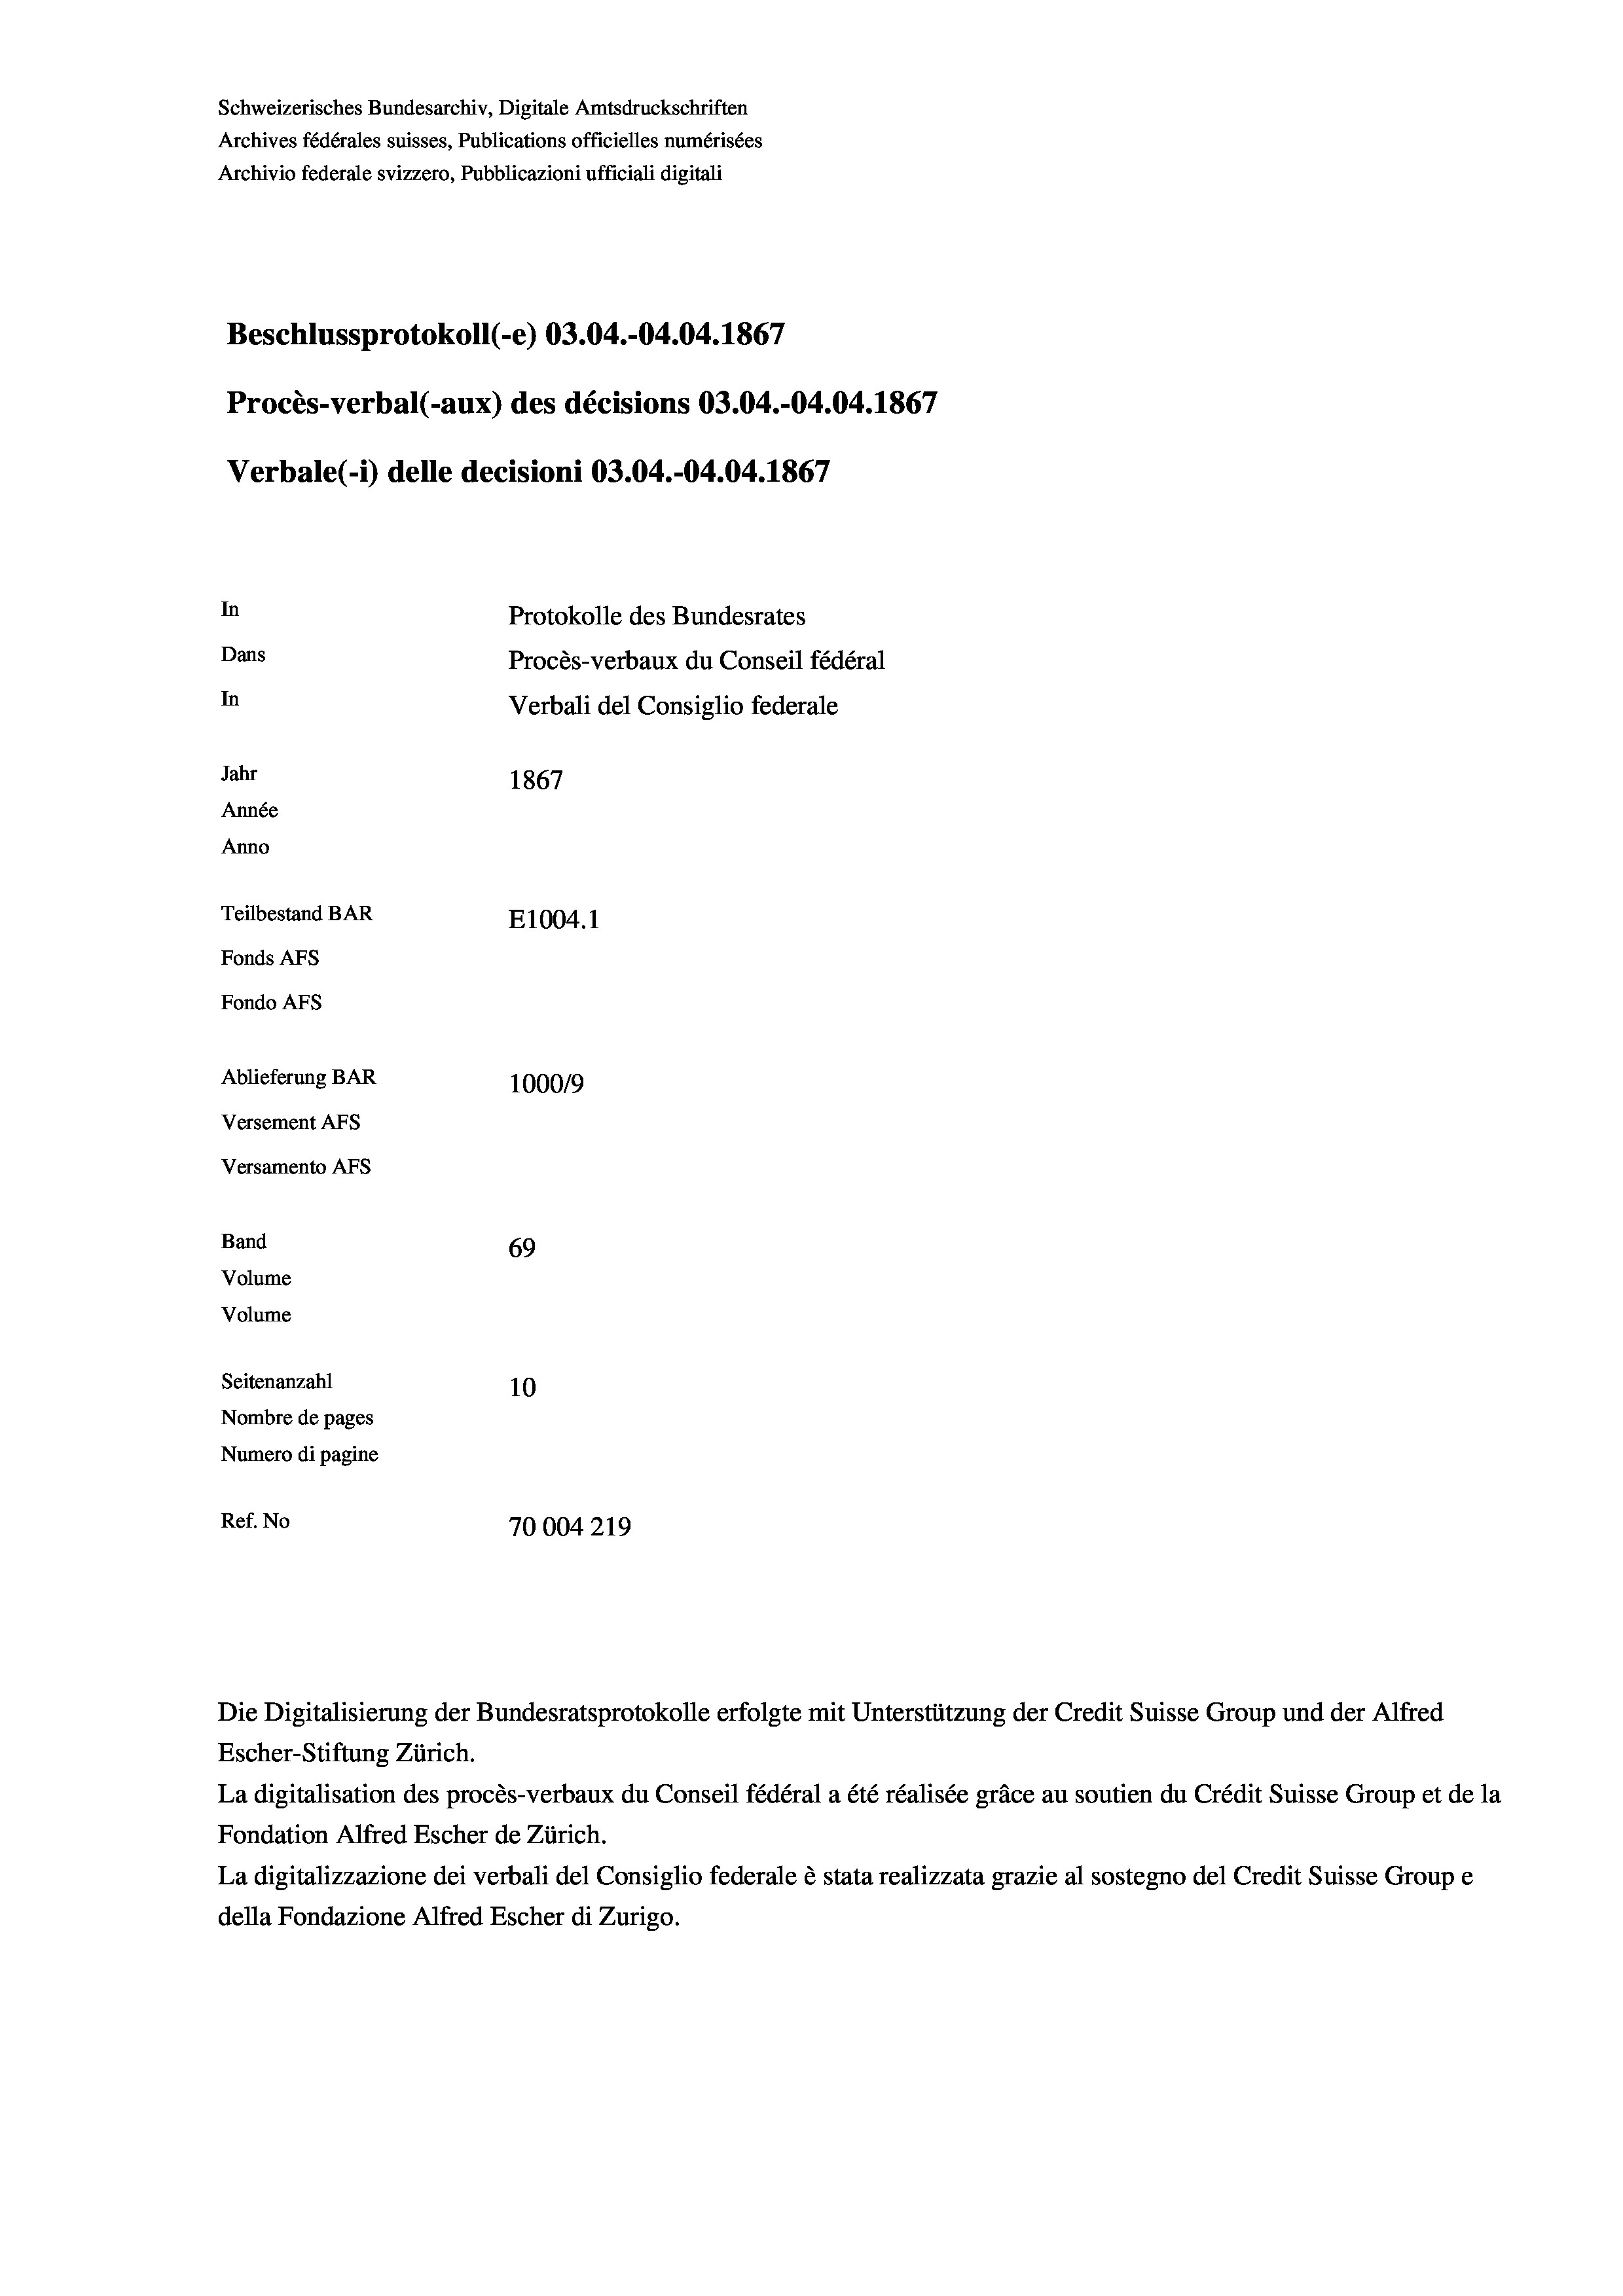
Beschlussprotokoll (-e) 03.04.-04.04. 1867
Procès-verbal (-aux) des décisions 03.04.-04.04. 1867
In
Protokolle des Bundesrates
Dans
Procès-verbaux du Conseil fédéral
In
Verbali del Consiglio federale
Jahr
1867
Année
Anno
Teilbestand BAR
E1004.1
Fonds AFs
Fondo Afs
Ablieferung BAR
100019
Versement AFs

Versamento AFs
Band
Volume
Volume

69
Seitenanzahl
10
Nombre de pages
Numero di pagine
Ref. No
70004219

Schweizerisches Bundesarchiv, Digitale Amtsdruckschriften
Archives fédérales suisses, Publications officielles numérisées
Archivio federale svizzero, Pubblicazioni ufficiali digitali

Verbale(-*) delle decisioni 03.04.-04.04. 1867

Die Digitalisierung der Bundesratsprotokolle erfolgte mit Unterstützung der Credit Suisse Group und der Alfred
Escher-Stiftung Zürich.
La digitalisation des procès-verbaux du Conseil fédéral a été réalisée gräce au soutien du Crédit Suisse Group et de la
Fondation Alfred Escher de Zürich.
La digitalizzazione dei verbali del Consiglio federale è stata realizzata grazie al sostegno del Credit Suisse Groupe
della Fondazione Alfred Escher di Zurigo.